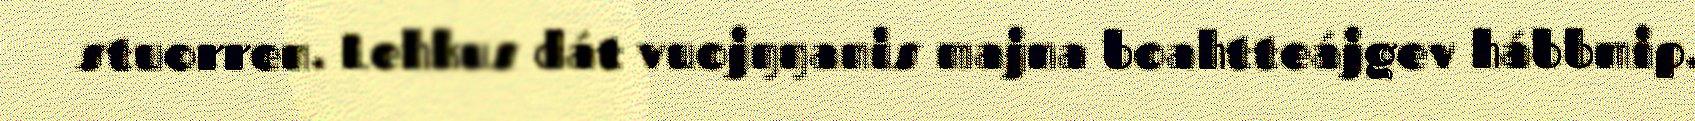
stuorren. Lehkus dát vuojŋŋanis majna boahtteájgev hábbmip.